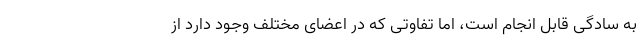
به سادگی قابل انجام است،‌ اما تفاوتی که در اعضای مختلف وجود دارد از